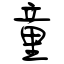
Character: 童